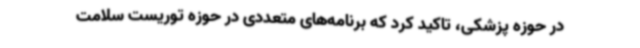
در حوزه پزشکی، تاکید کرد که برنامه‌های متعددی در حوزه توریست سلامت